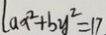
a x ^ { 2 } + b y ^ { 2 } = 1 7